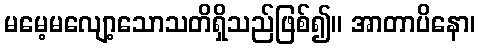
မမေ့မလျော့သောသတိရှိသည်ဖြစ်၍။ အာတာပိနော၊